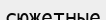
сюжетные